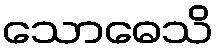
သောဓေသိ